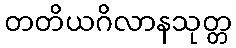
တတိယဂိလာနသုတ္တ